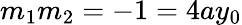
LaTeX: m_{1}m_{2}=-1=4ay_{0}